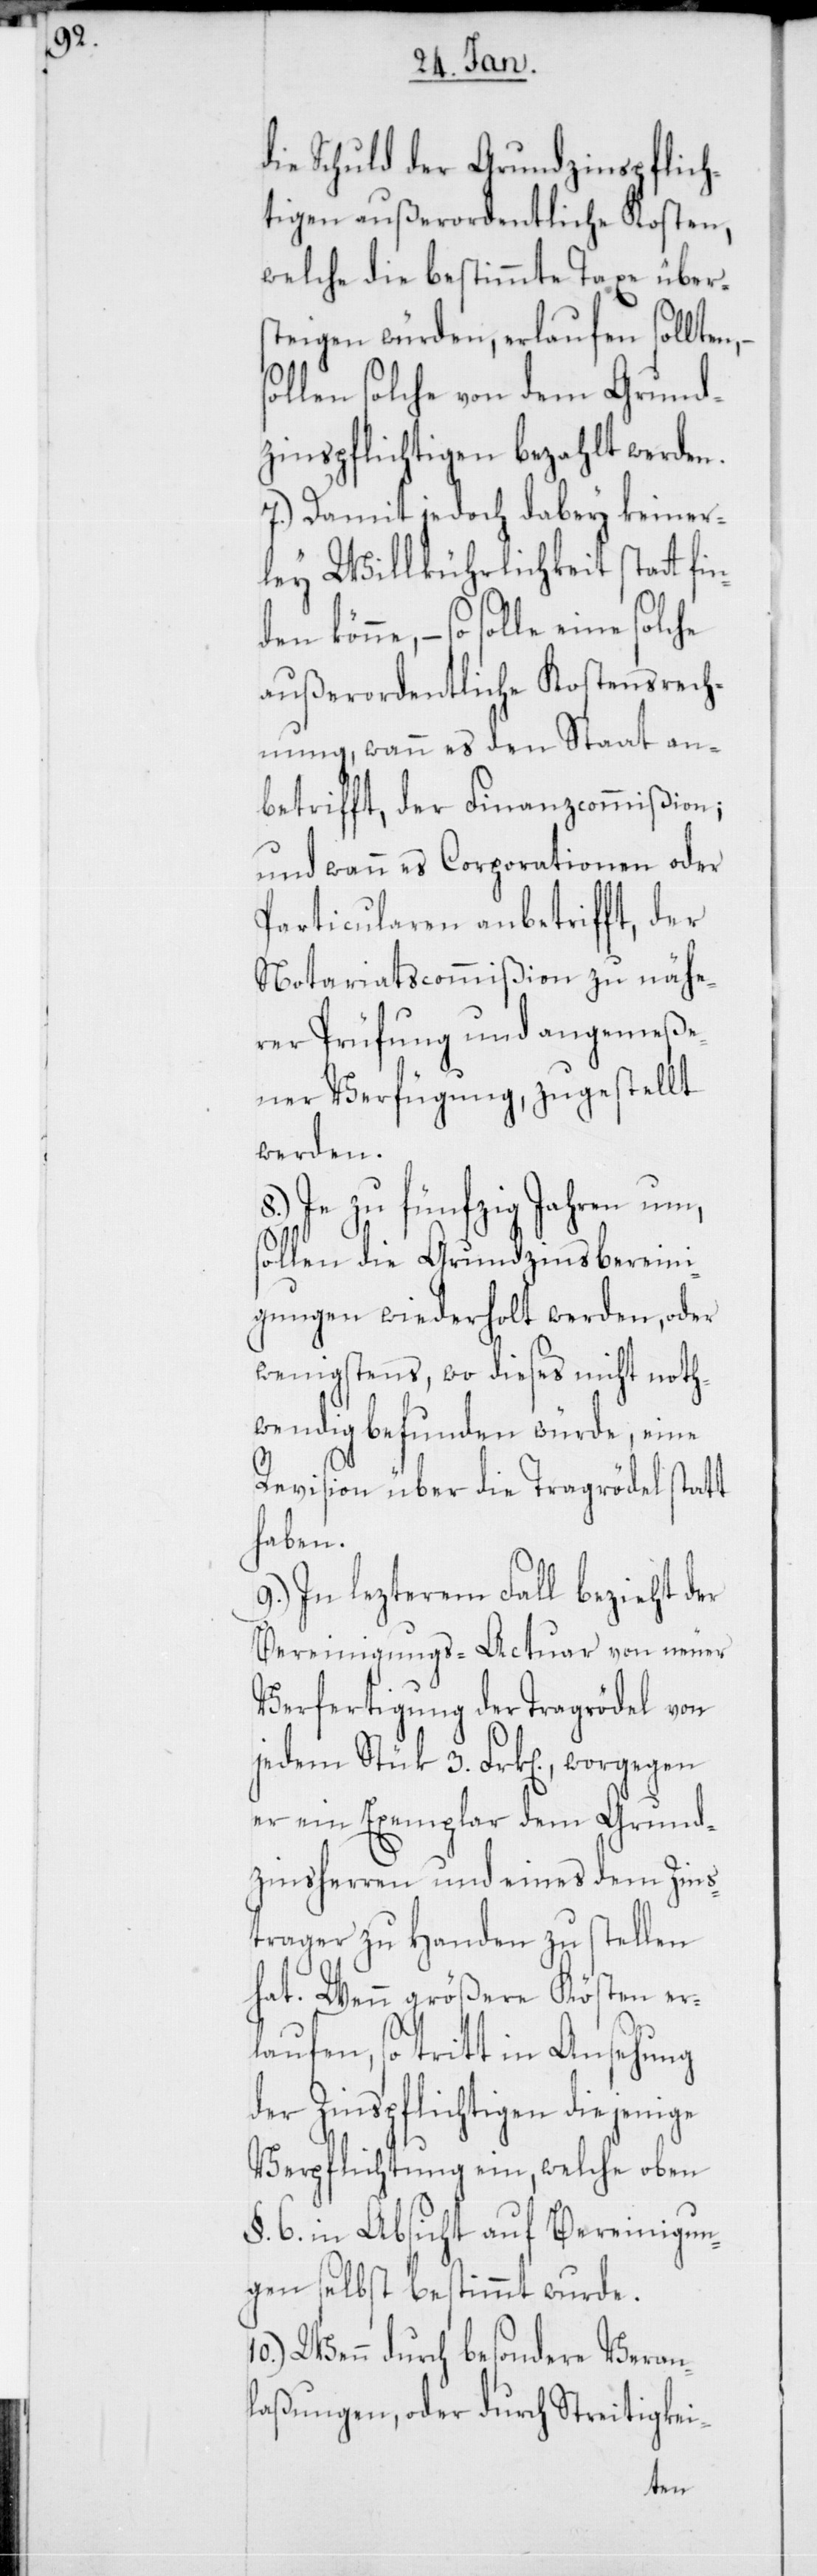
die Schuld der Grundzinspflich¬
tigen außerordentliche Kosten,
welche die bestimmte Taxe über¬
steigen würden, erlaufen sollten,
sollen solche von dem Grund¬
zinspflichtigen bezahlt werden.
7.) Damit jedoch dabey keiner¬
ley Willkührlichkeit statt fi¬
– so solle eine solche
außerordentliche Kostensrech¬
nung, wann es den Staat an¬
betrifft, der Finanzcommißion;
und wann es Corporationen oder
Particularen anbetrifft, der
Notariatscommißion zu nähe¬
rer Prüfung und angemeße¬
ner Verfügung zugestellt
werden.
8.) Je zu fünfzig Jahren um,
sollen die Grundzinsbereini¬
gungen wiederholt werden, oder
wenigstens, wo dieses nicht noth¬
wendig befunden würde, eine
Revision über die Tragrödel statt¬
haben.
9.) In lezterem Fall bezieht der
Bereinigungs-Actuar von neuer
Verfertigung der Tragrödel von
jedem Stück 3. Frk[en]., worgegen
er ein Exemplar dem Grund¬
zinsherren und eines dem Zins¬
trager zu Handen zu stellen
hat. Wenn größere Kösten er¬
laufen, so tritt in Ansehung
der Zinspflichtigen diejenige
Verpflichtung ein, welche oben
§. 6. in Absicht auf Vereinigun¬
gen selbst bestimmt wurde.
10.) Wenn durch besondere Veran¬
laßungen, oder durch Streitigkei-
nden